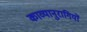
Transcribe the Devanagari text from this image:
काव्यानुरागियों